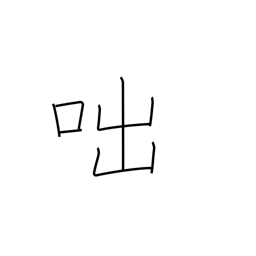
Meaning: cry out (in anger)